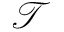
\mathcal { T }